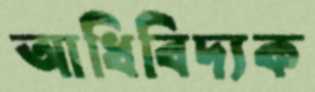
আধিবিদ্যক